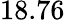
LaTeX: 18.76